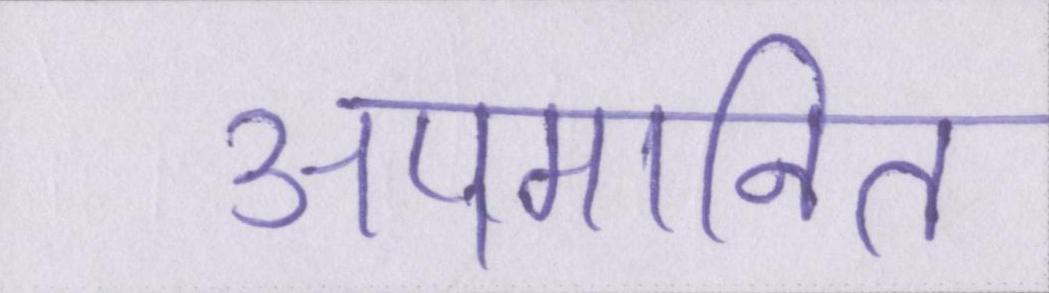
अपमानित